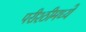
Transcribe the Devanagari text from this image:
परीश्ठीमध्ये